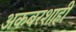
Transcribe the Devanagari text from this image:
अकबरशाही